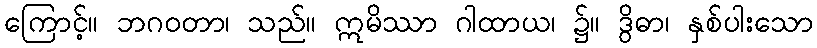
ကြောင့်။ ဘဂဝတာ၊ သည်။ ဣမိဿာ ဂါထာယ၊ ၌။ ဒွိဓာ၊ နှစ်ပါးသော